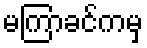
မကြာခင်ကမှ